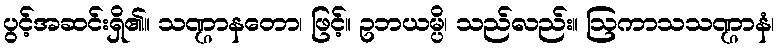
ပွင့်အဆင်းရှိ၏။ သဏ္ဌာနတော၊ ဖြင့်။ ဥဘယမ္ပိ၊ သည်လည်း။ ဩကာသသဏ္ဌာနံ၊